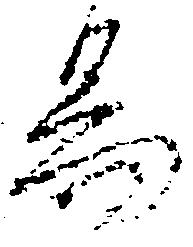
易